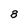
Character: B